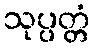
သုပ္ပတ္တံ